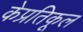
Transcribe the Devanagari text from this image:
केप्रतिकूल